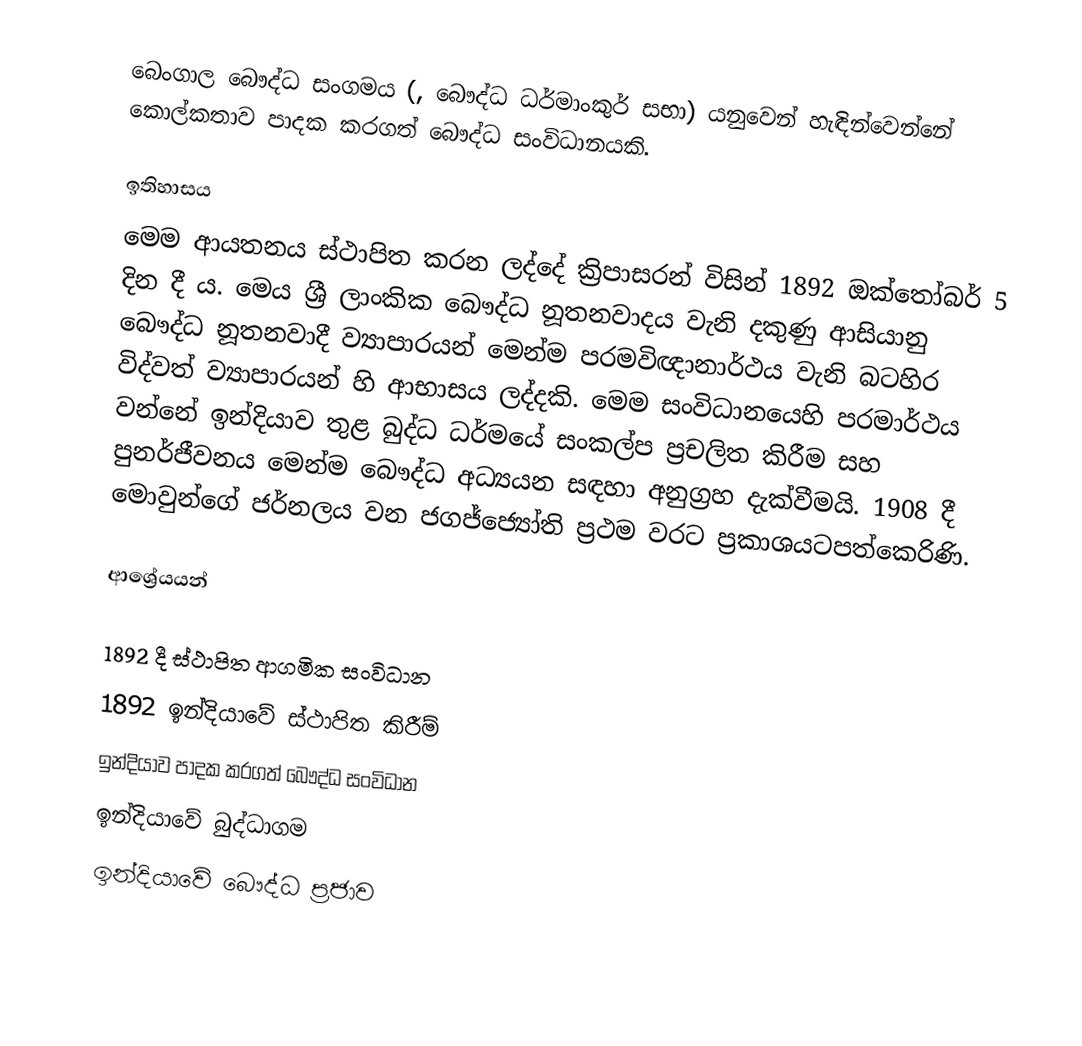
බෙංගාල බෞද්ධ සංගමය (, බෞද්ධ ධර්මාංකුර් සභා) යනුවෙන් හැඳින්වෙන්නේ කොල්කතාව පාදක කරගත් බෞද්ධ සංවිධානයකි.

ඉතිහාසය
මෙම ආයතනය ස්ථාපිත කරන ලද්දේ ක්‍රිපාසරන් විසින් 1892 ඔක්තෝබර් 5 දින දී ය. මෙය ශ්‍රී ලාංකික බෞද්ධ නූතනවාදය වැනි දකුණු ආසියානු බෞද්ධ නූතනවාදී ව්‍යාපාරයන් මෙන්ම පරමවිඥානාර්ථය වැනි බටහිර විද්වත් ව්‍යාපාරයන් හි ආභාසය ලද්දකි. මෙම සංවිධානයෙහි පරමාර්ථය වන්නේ ඉන්දියාව තුළ බුද්ධ ධර්මයේ සංකල්ප ප්‍රචලිත කිරීම සහ පුනර්ජීවනය මෙන්ම බෞද්ධ අධ්‍යයන සඳහා අනුග්‍රහ දැක්වීමයි. 1908 දී මොවුන්ගේ ජර්නලය වන ජගජ්ජ්‍යෝති ප්‍රථම වරට ප්‍රකාශයටපත්කෙරිණි.

ආශ්‍රේයයන්

1892 දී ස්ථාපිත ආගමික සංවිධාන
1892 ඉන්දියාවේ ස්ථාපිත කිරීම්
ඉන්දියාව පාදක කරගත් බෞද්ධ සංවිධාන
ඉන්දියාවේ බුද්ධාගම
ඉන්දියාවේ බෞද්ධ ප්‍රජාව